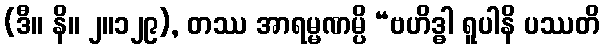
(ဒီ။ နိ။ ၂။၁၂၉), တဿ အာရမ္မဏမ္ပိ “ဗဟိဒ္ဓါ ရူပါနိ ပဿတိ